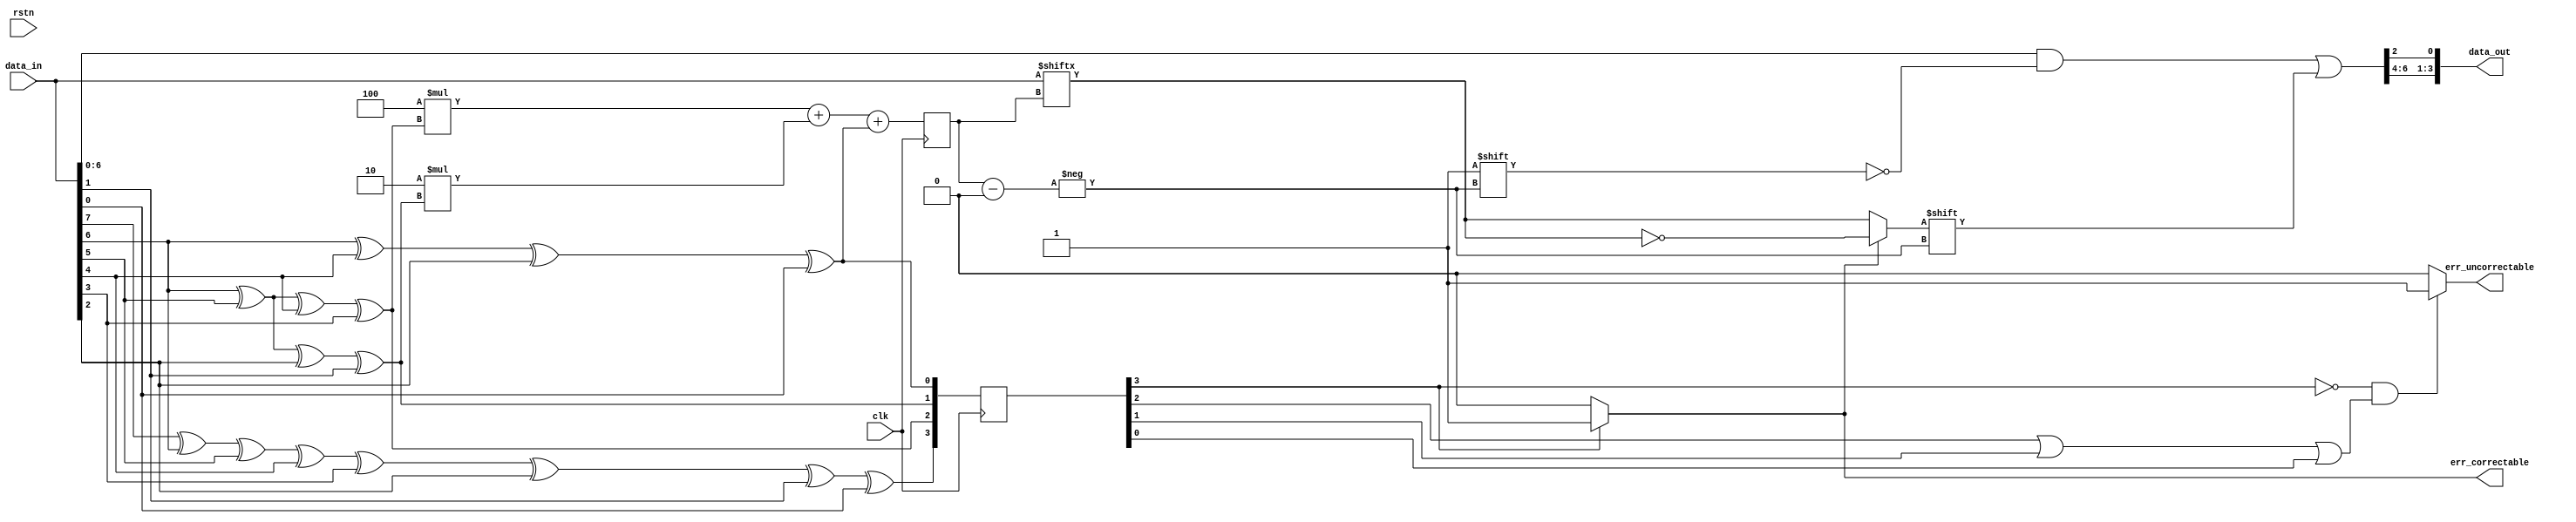

module Hamming_Decoder(
    output [3:0] data_out,
    output err_uncorrectable, err_correctable,
    input [7:0] data_in,
    input clk, rstn
    );

// **** TODO **** //

		reg [3:0] syndrome;
		reg [7:0] corrected_data;

		reg error_index;
		
		always @(posedge clk) begin
				syndrome[3] = data_in[7] ^ data_in[6] ^ data_in[5] ^ data_in[4] ^ data_in[3] ^ data_in[2] ^ data_in[1] ^ data_in[0];
				syndrome[2] = data_in[6] ^ data_in[5] ^ data_in[4] ^ data_in[3];
				syndrome[1] = data_in[6] ^ data_in[5] ^ data_in[2] ^ data_in[1];
				syndrome[0] = data_in[6] ^ data_in[4] ^ data_in[2] ^ data_in[0];

				error_index = 4 * syndrome[2] + 2 * syndrome[1] + syndrome[0];
		end

		always @(*) begin
				corrected_data <= data_in;
				corrected_data[error_index] <= (err_correctable) ? !data_in[error_index] : data_in[error_index];
		end

		assign err_correctable = (syndrome[3]) ? 1 : 0;
		assign err_uncorrectable = (!syndrome[3] && (syndrome[2] || syndrome[1] || syndrome[0])) ? 1 : 0;
		
		assign data_out = {corrected_data[6:4], corrected_data[2]};

// ************** //

endmodule